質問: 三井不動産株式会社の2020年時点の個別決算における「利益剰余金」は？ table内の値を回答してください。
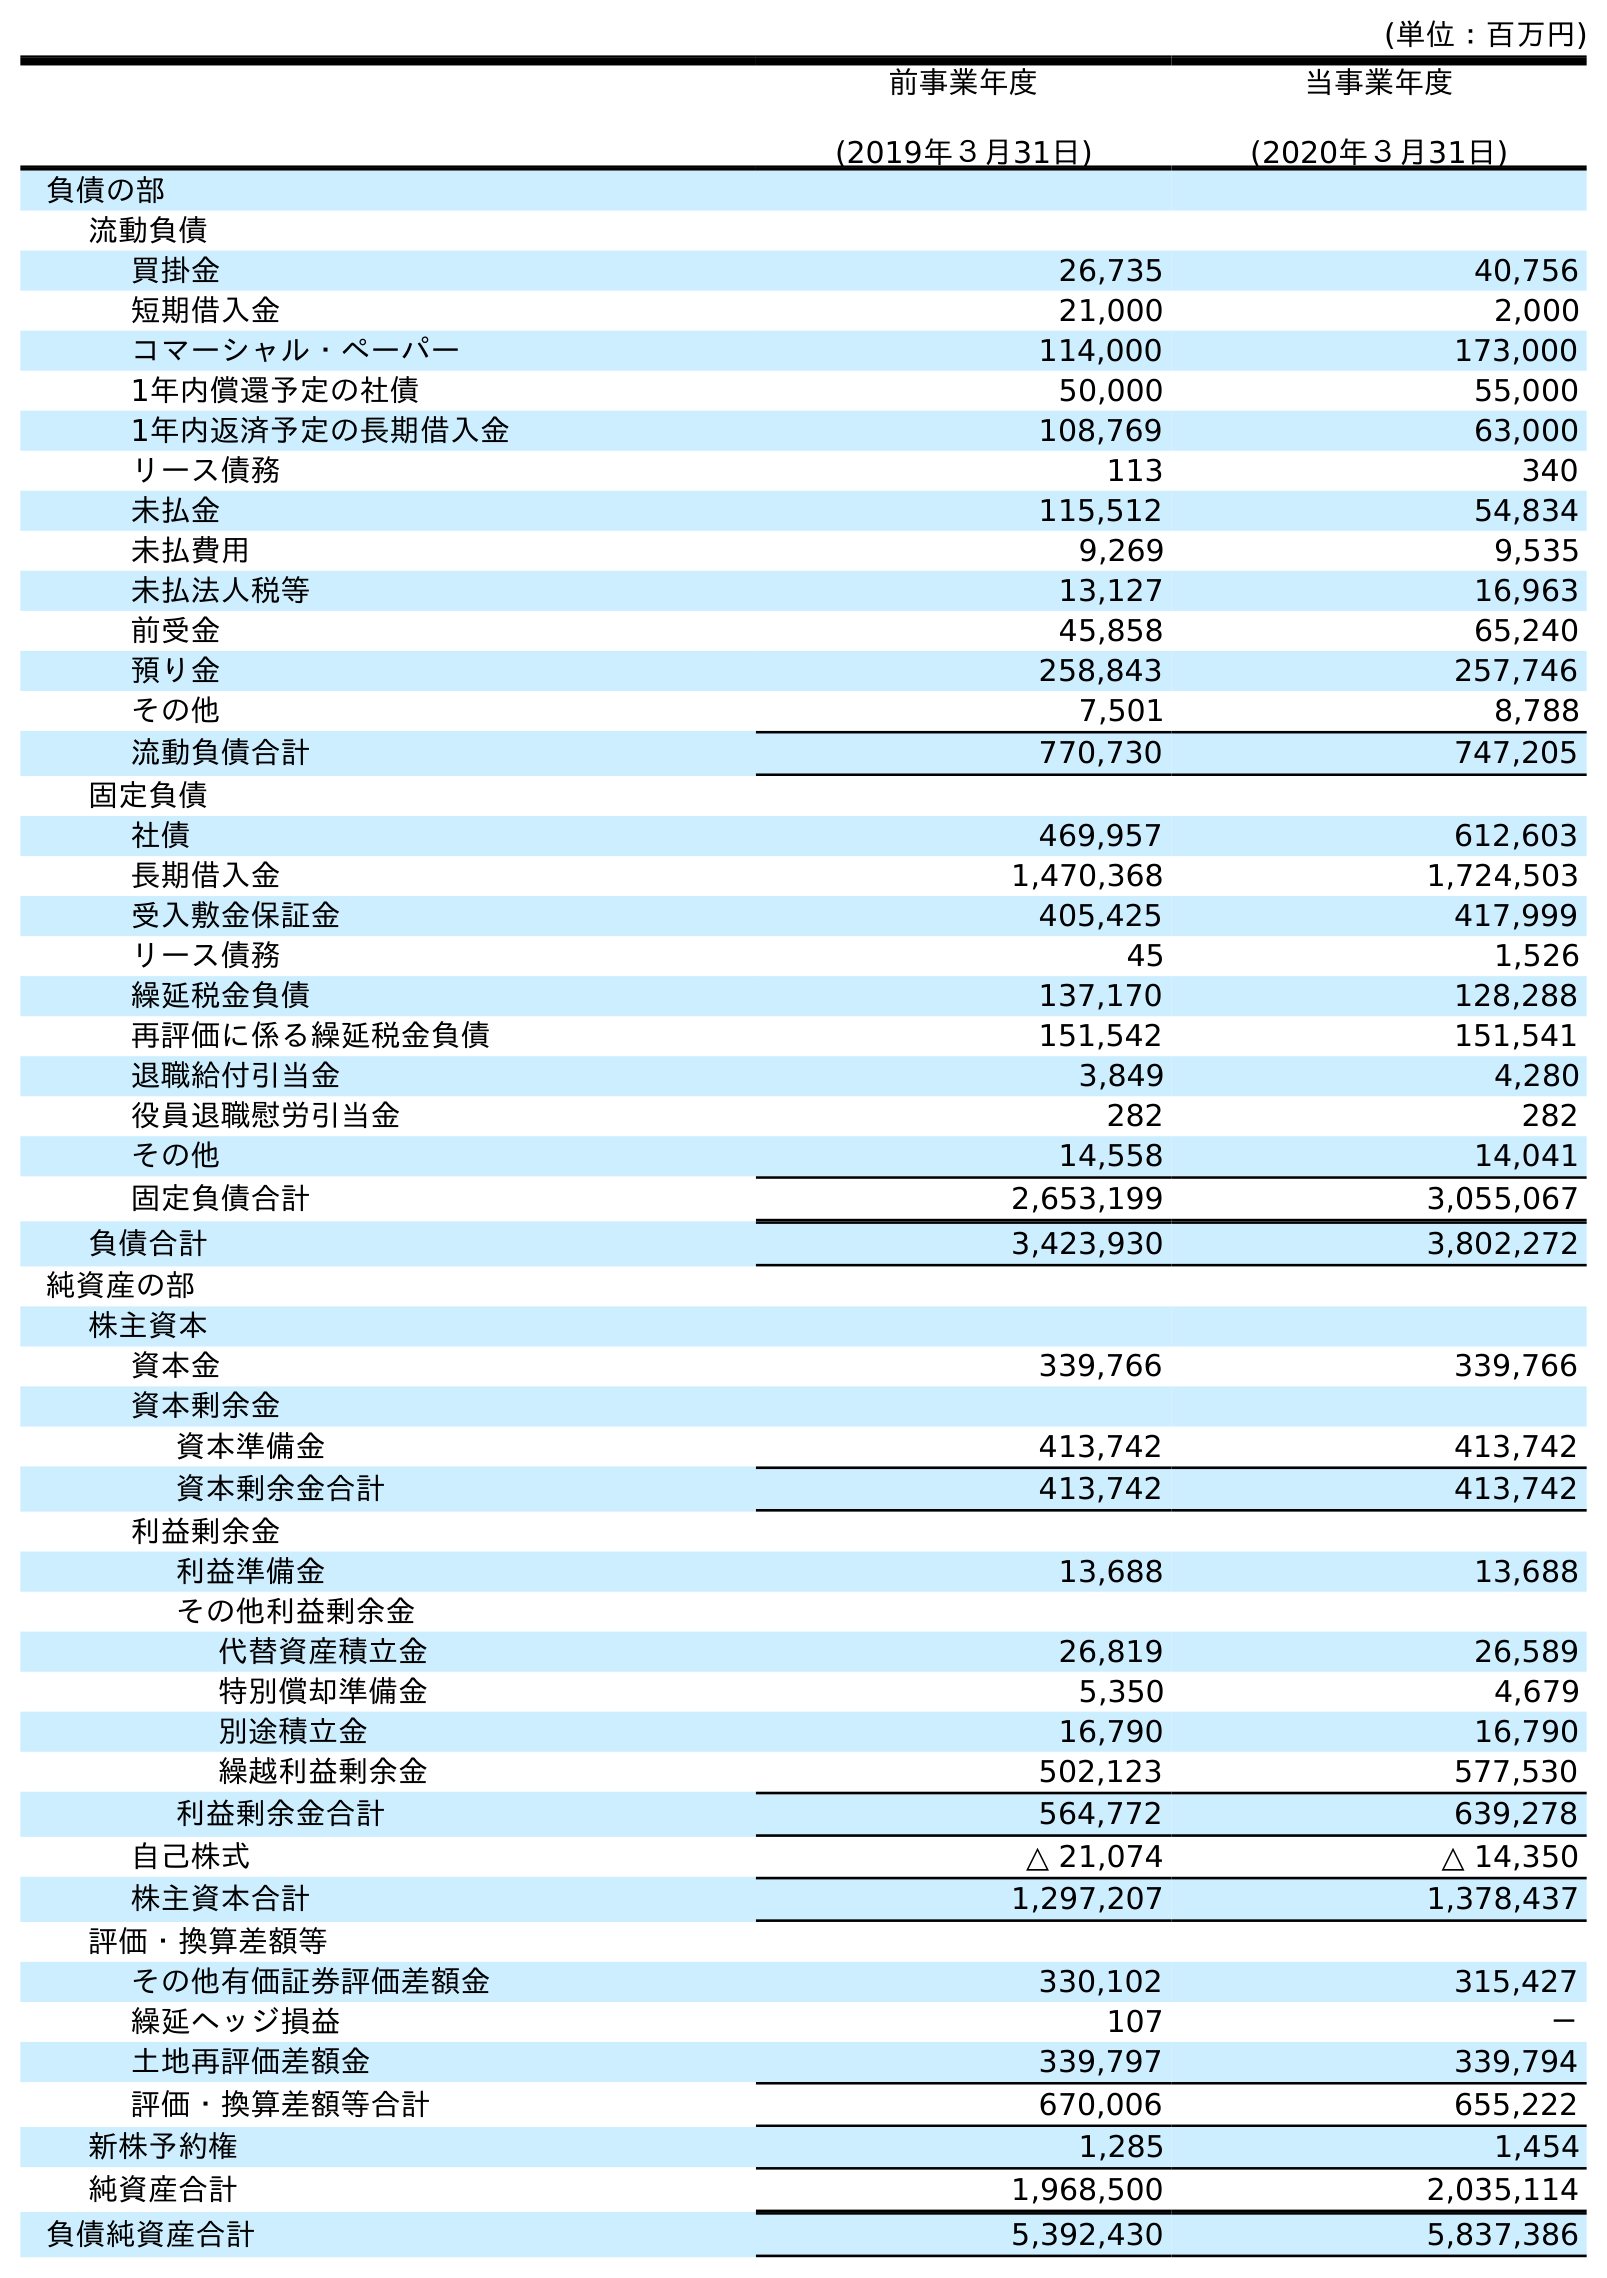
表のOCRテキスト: (単位：百万円) 前事業年度 (2019年３月31日) 当事業年度 (2020年３月31日) 負債の部 流動負債 買掛金 26,735 40,756 短期借入金 21,000 2,000 コマーシャル・ペーパー 114,000 173,000 1年内償還予定の社債 50,000 55,000 1年内返済予定の長期借入金 108,769 63,000 リース債務 113 340 未払金 115,512 54,834 未払費用 9,269 9,535 未払法人税等 13,127 16,963 前受金 45,858 65,240 預り金 258,843 257,746 その他 7,501 8,788 流動負債合計 770,730 747,205 固定負債 社債 469,957 612,603 長期借入金 1,470,368 1,724,503 受入敷金保証金 405,425 417,999 リース債務 45 1,526 繰延税金負債 137,170 128,288 再評価に係る繰延税金負債 151,542 151,541 退職給付引当金 3,849 4,280 役員退職慰労引当金 282 282 その他 14,558 14,041 固定負債合計 2,653,199 3,055,067 負債合計 3,423,930 3,802,272 純資産の部 株主資本 資本金 339,766 339,766 資本剰余金 資本準備金 413,742 413,742 資本剰余金合計 413,742 413,742 利益剰余金 利益準備金 13,688 13,688 その他利益剰余金 代替資産積立金 26,819 26,589 特別償却準備金 5,350 4,679 別途積立金 16,790 16,790 繰越利益剰余金 502,123 577,530 利益剰余金合計 564,772 639,278 自己株式 △ 21,074 △ 14,350 株主資本合計 1,297,207 1,378,437 評価・換算差額等 その他有価証券評価差額金 330,102 315,427 繰延ヘッジ損益 107 － 土地再評価差額金 339,797 339,794 評価・換算差額等合計 670,006 655,222 新株予約権 1,285 1,454 純資産合計 1,968,500 2,035,114 負債純資産合計 5,392,430 5,837,386
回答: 639,278